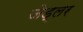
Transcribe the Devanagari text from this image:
जेड्लर